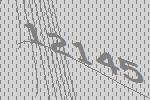
12145